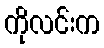
ကိုလင်းက